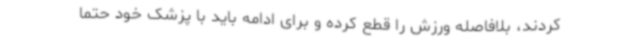
کردند، بلافاصله ورزش را قطع کرده و برای ادامه باید با پزشک خود حتما